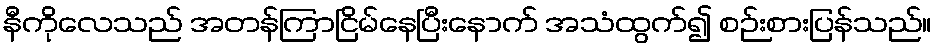
နီကိုလေသည် အတန်ကြာငြိမ်နေပြီးနောက် အသံထွက်၍ စဉ်းစားပြန်သည်။